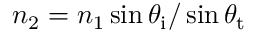
n _ { 2 } = n _ { 1 } \sin \theta _ { \mathrm { i } } / \sin \theta _ { \mathrm { t } }